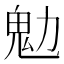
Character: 𩱹